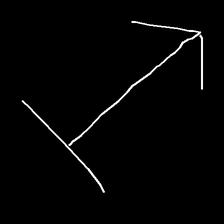
Glyph: levitation